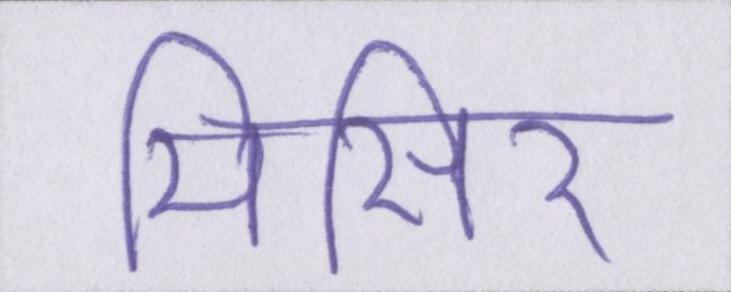
मिसिर